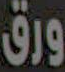
ورق